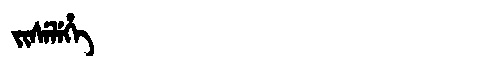
Manchu: ᠵᡳᠰᡝᠯᡝᡥᡝ
Romanization: JISELEHE